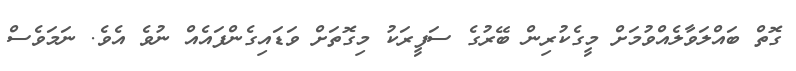
ގޮތް ބައްލަވާލެއްވުމަށް މީގެކުރިން ބޭރުގެ ސަފީރަކު މިގޮތަށް ވަޑައިގެންފައެއް ނުވެ އެވެ. ނަމަވެސް